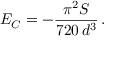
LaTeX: E _ { C } = - \frac { \pi ^ { 2 } S } { 7 2 0 \, d ^ { 3 } } \, .